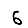
Digit: 6